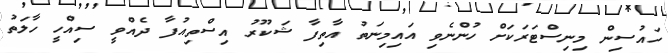
ހައުސިން މިނިސްޓަރަކަށް ހުންނެވި އައިމިނަތު އާތިފާ ޝަކޫރު އިސްތިއުފާ ދެއްވީ ސިއްހީ ހާލަތު